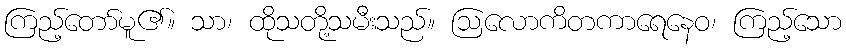
ကြည့်တော်မူ၏။ သာ၊ ထိုသတို့သမီးသည်။ ဩလောကိတကာရေနေဝ၊ ကြည့်သော